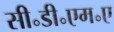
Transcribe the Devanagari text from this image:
सी॰डी॰एम॰ए